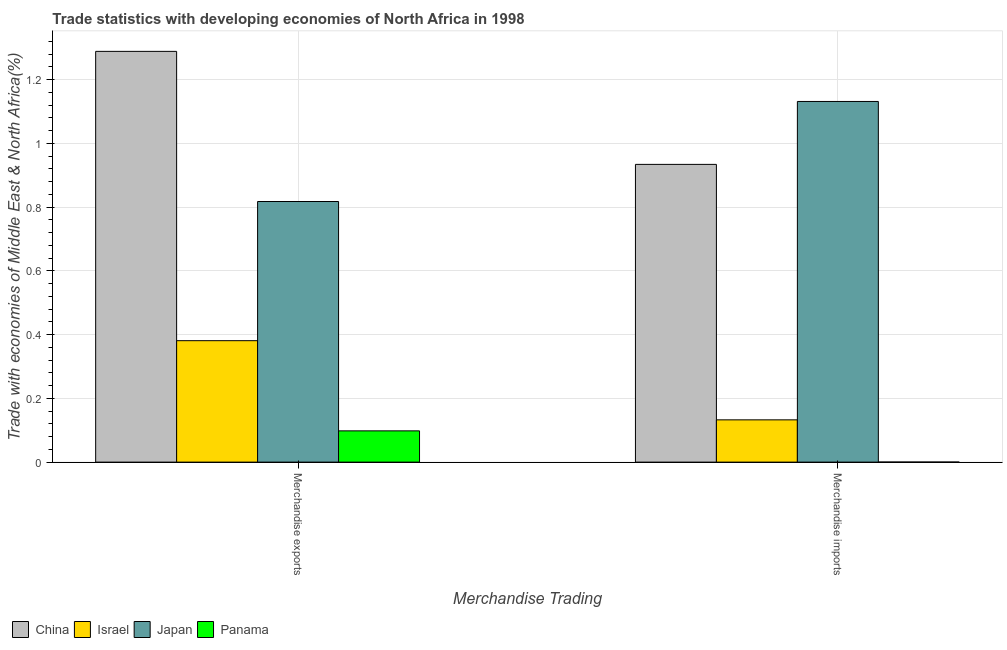
| Merchandise Trading | China | Israel | Japan | Panama |
 | --- | --- | --- | --- | --- |
 | Merchandise exports | 1.29 | 0.381 | 0.818 | 0.0981 |
 | Merchandise imports | 0.934 | 0.133 | 1.13 | 0.00016 |